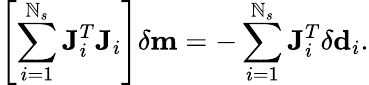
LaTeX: \left[\sum_{i=1}^{\mathbb{N}_{s}}\mathbf{{J}}_{i}^{T}\mathbf{{J}}_{i}\right]\delta\mathbf{{m}}=-\sum_{i=1}^{\mathbb{N}_{s}}\mathbf{{J}}_{i}^{T}\delta\mathbf{{d}}_{i}.